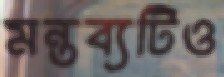
মন্তব্যটিও